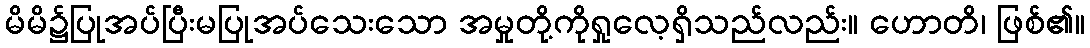
မိမိ၌ပြုအပ်ပြီးမပြုအပ်သေးသော အမှုတို့ကိုရှုလေ့ရှိသည်လည်း။ ဟောတိ၊ ဖြစ်၏။